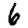
Digit: 6